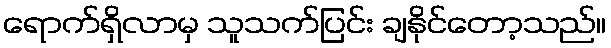
ရောက်ရှိလာမှ သူသက်ပြင်း ချနိုင်တော့သည်။